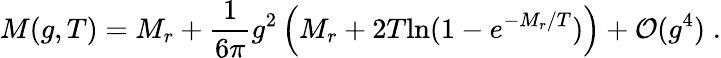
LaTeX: M(g,T)=M_{r}+\frac{1}{6\pi}g^{2}\left(M_{r}+2T\mathrm{ln}(1-e^{-M_{r}/T})\right)+{\cal O}(g^{4})\; .